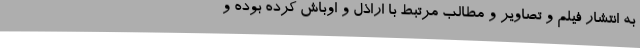
به انتشار فیلم و تصاویر و مطالب مرتبط با اراذل و اوباش کرده بوده و